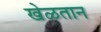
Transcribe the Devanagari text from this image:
खेळतान